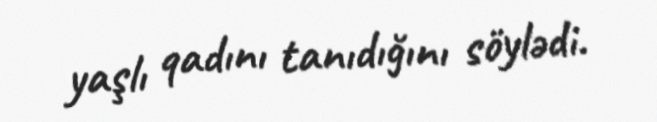
yaşlı qadını tanıdığını söylədi.